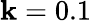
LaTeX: \mathbf{k}=0.1